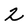
Character: 2